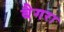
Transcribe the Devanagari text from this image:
बैगरा